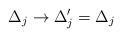
LaTeX: \begin{align*}\Delta _{j}\rightarrow \Delta _{j}^{\prime }=\Delta _{j}\end{align*}